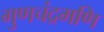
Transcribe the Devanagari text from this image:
गुणचंद्रमणि